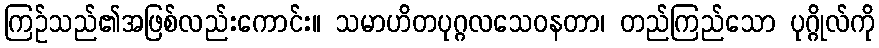
ကြဉ်သည်၏အဖြစ်လည်းကောင်း။ သမာဟိတပုဂ္ဂလသေဝနတာ၊ တည်ကြည်သော ပုဂ္ဂိုလ်ကို